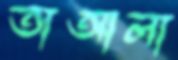
তাআলা